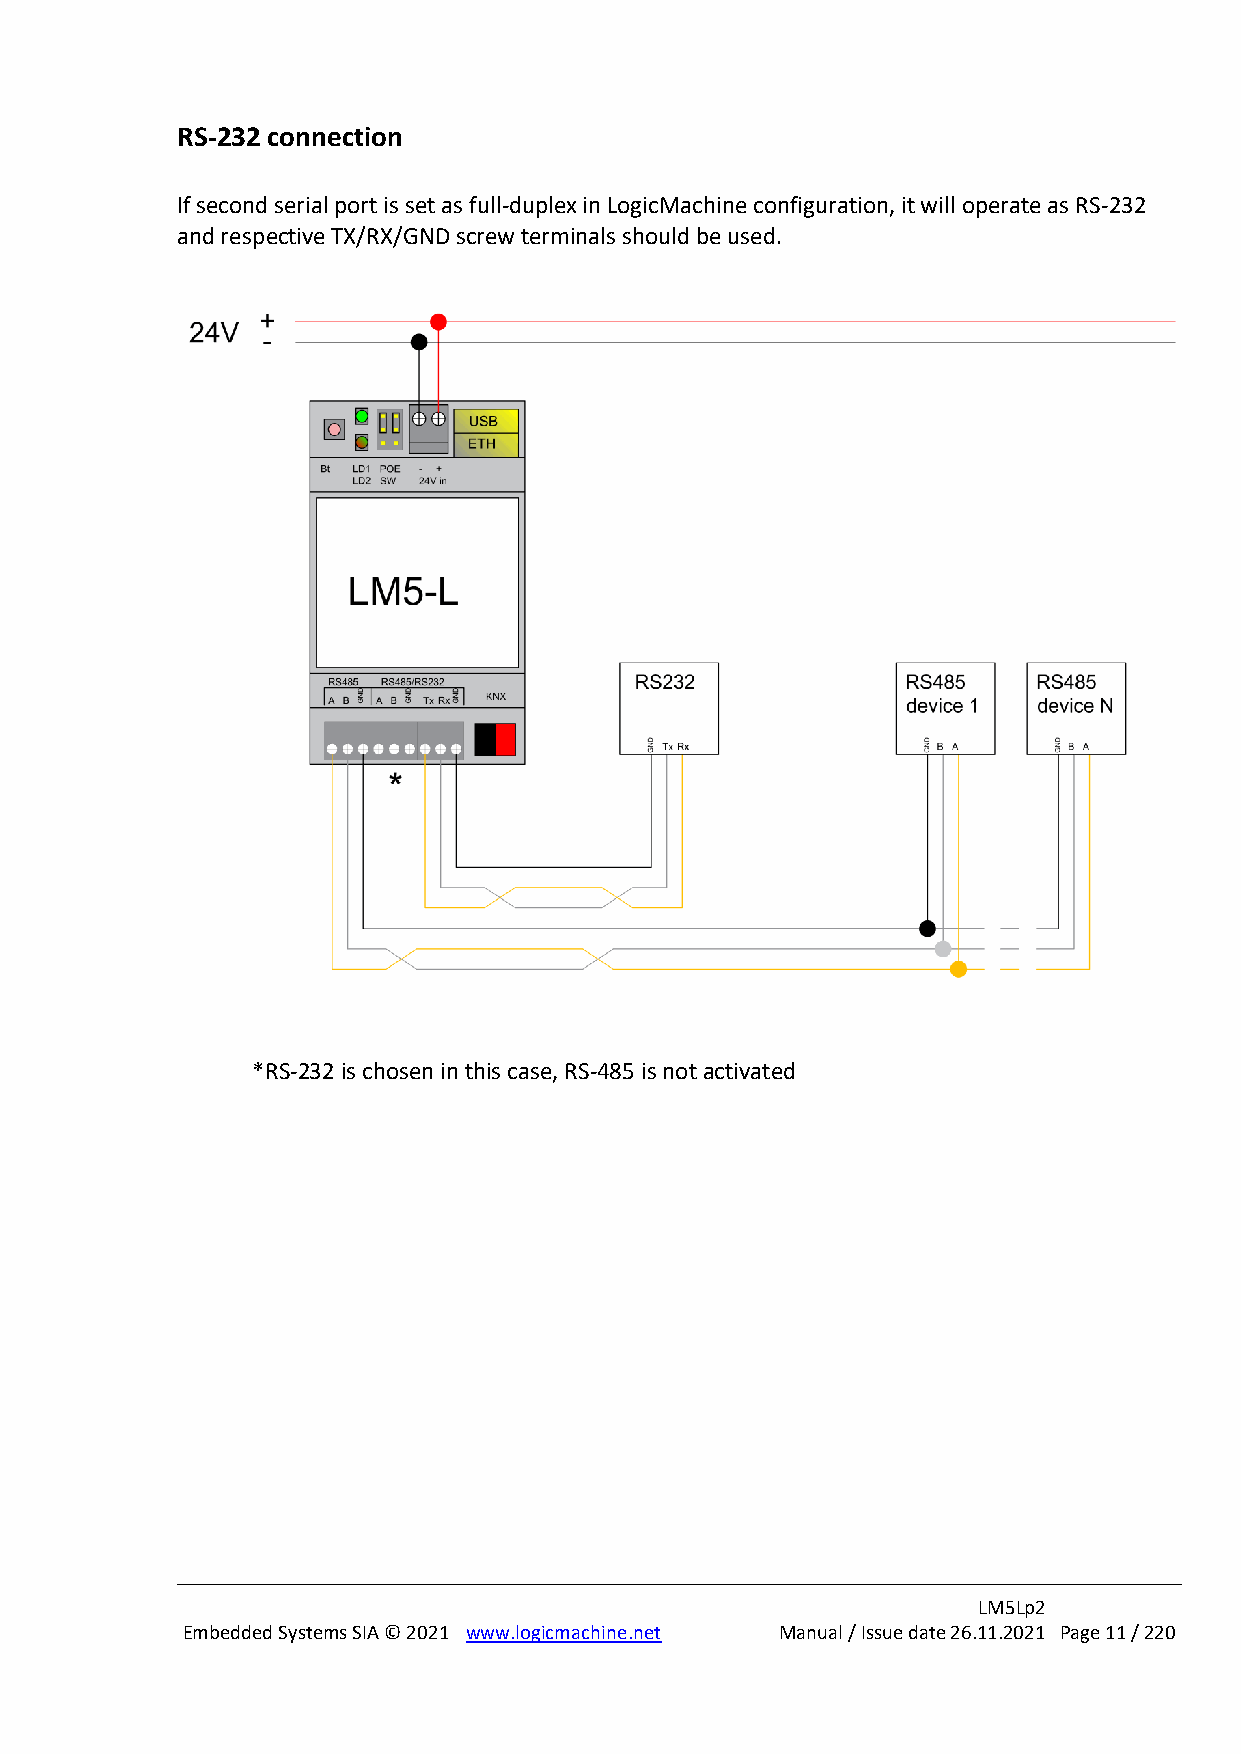
RS-232 connection
 If second serial port is set as full-duplex in LogicMachine configuration, it will operate as RS-232
 and respective TX/RX/GND screw terminals should be used.
 *RS-232 is chosen in this case, RS-485 is not activated
 LM5Lp2
 Embedded Systems SIA © 2021 www.logicmachine.net Manual / Issue date 26.11.2021 Page 11 / 220